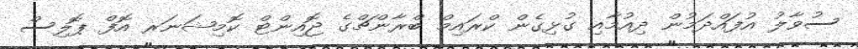
ސުވާލު އުފައްދަމުން ދިއުމާއި ގުޅިގެން ކްރައިމް ބްރާންޗްގެ ޖޮއިންޓް ކޮމިޝަނަރ އޮފް ޕޮލިސް